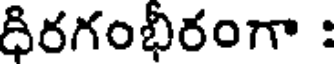
ధిరగంభీరంగా :